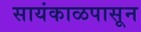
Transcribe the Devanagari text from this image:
सायंकाळपासून